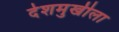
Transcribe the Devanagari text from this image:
देशमुखीला